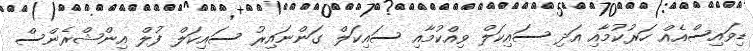
ޑިވައިސްއެއް ހަރުކުމާއި އަދި ސައިކަލް ވިއްކުމާއި ސައިކަލް ގަންނައިރު ސައިކަލް ފުލް އިންޝްރެންސް